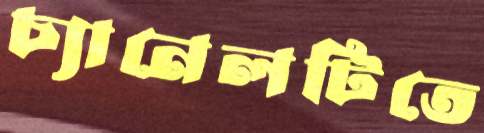
চ্যানেলটিতে